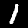
Label: 1